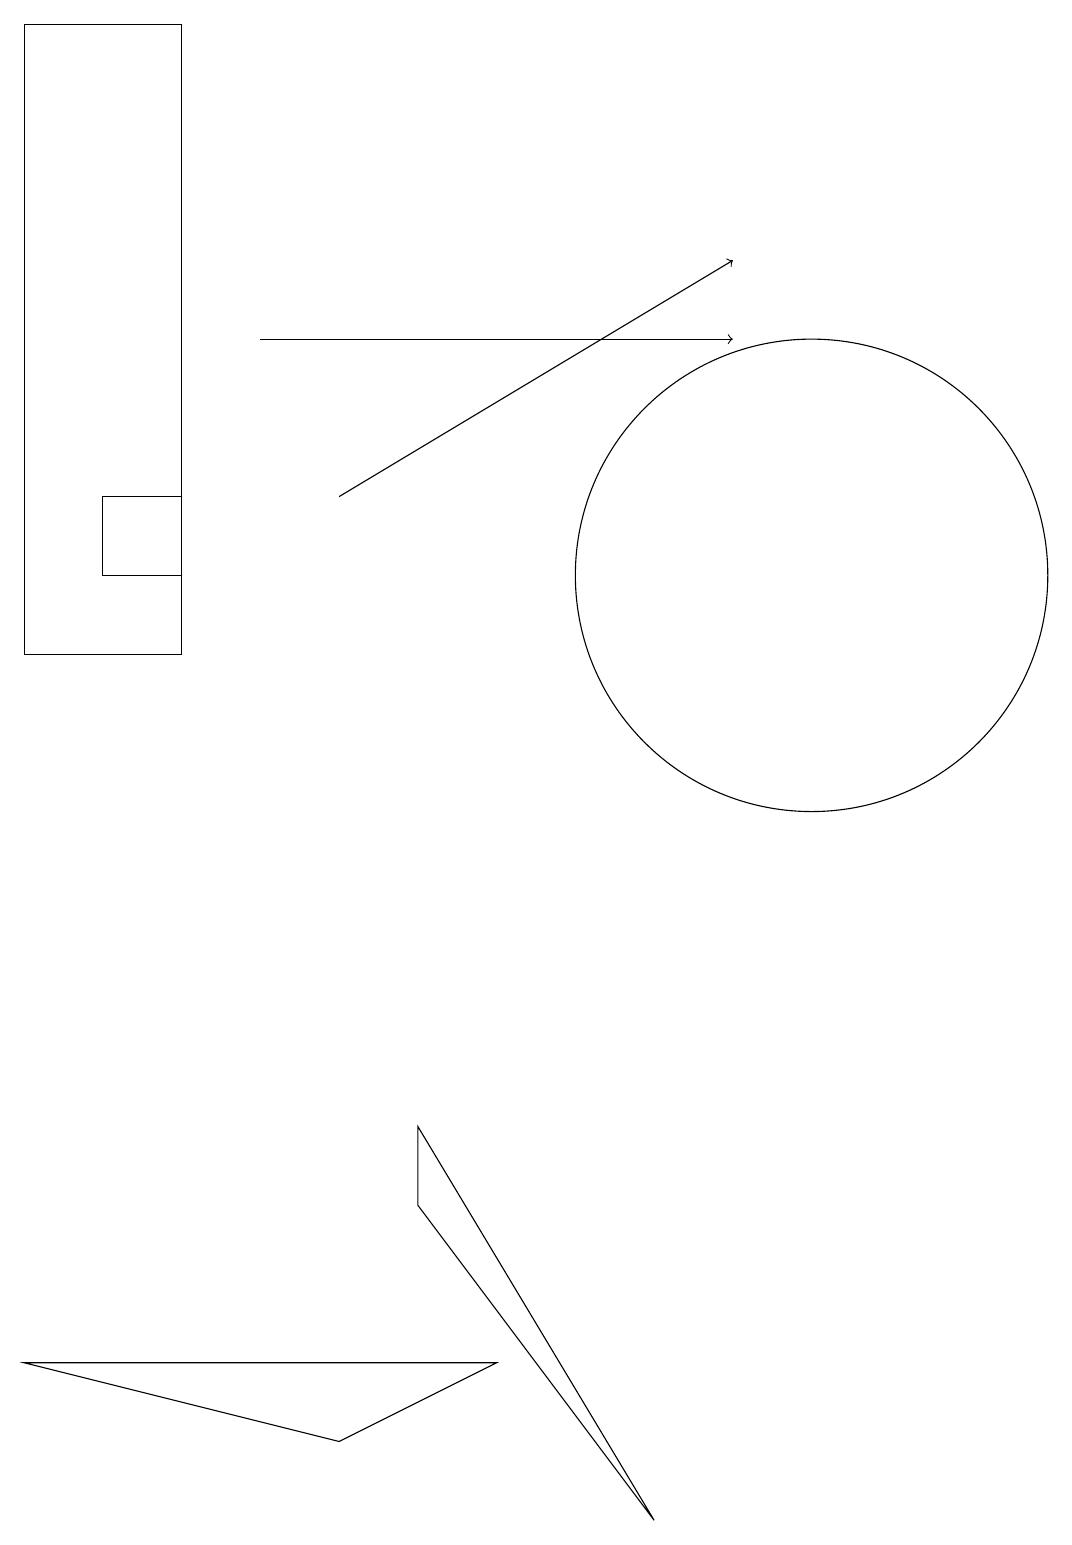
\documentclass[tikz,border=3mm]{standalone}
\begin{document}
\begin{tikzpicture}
\draw (0,19) rectangle (2,11);
\draw (10,12) circle (3);
\draw (5,4) -- (5,5) -- (8,0) -- cycle;
\draw[->] (4,13) -- (9,16);
\draw (1,12) rectangle (2,13);
\draw (6,2) -- (0,2) -- (4,1) -- cycle;
\draw[->] (3,15) -- (9,15);
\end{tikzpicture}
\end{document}